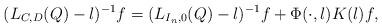
LaTeX: \begin{align*} (L_{C,D}(Q) - \l)^{-1} f = (L_{I_n,0}(Q) - \l)^{-1} f + \Phi(\cdot,\l) K(\l) f,\end{align*}